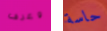
وعرف حاسة